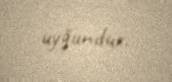
uyğundur.